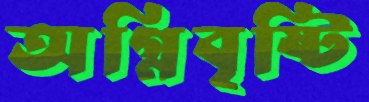
অগ্নিবৃষ্টি